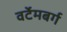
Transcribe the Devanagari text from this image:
वर्टेमबर्ग